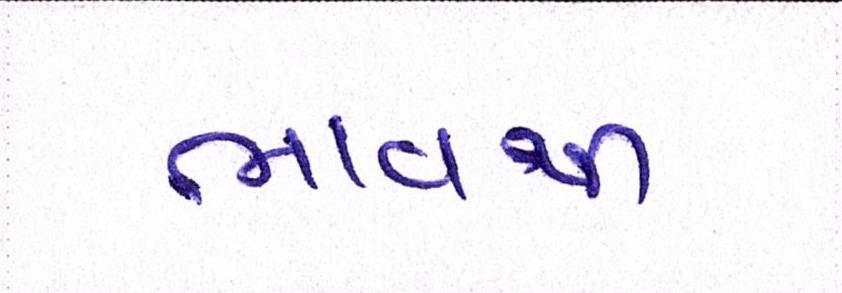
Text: ભાવથી